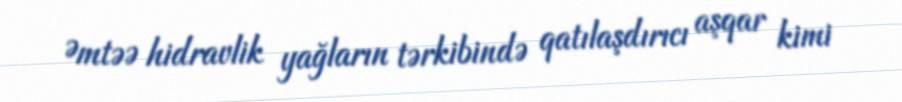
Əmtəə hidravlik yağların tərkibində qatılaşdırıcı aşqar kimi